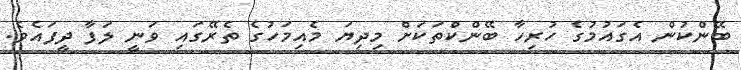
ބޭންކުން އެގައުމުގެ ހުރިހާ ބޭންކްތަކަށް މިދިޔަ މެއިމަހުގެ ތެރޭގައި ވަނީ ލަފާ ދީފައެވެ.